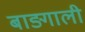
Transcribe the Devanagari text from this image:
बाङ्गाली